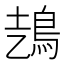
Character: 𩿆